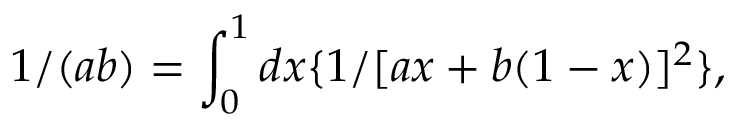
1 / ( a b ) = \int _ { 0 } ^ { 1 } d x \{ 1 / [ a x + b ( 1 - x ) ] ^ { 2 } \} ,